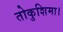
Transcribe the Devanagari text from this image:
तोकुशिमा।